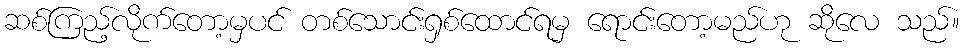
ဆစ်ကြည့်လိုက်တော့မှပင် တစ်သောင်းရှစ်ထောင်ရမှ ရောင်းတော့မည်ဟု ဆိုလေ သည်။